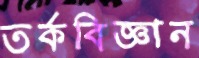
তর্কবিজ্ঞান